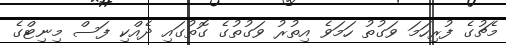
މެޗުގެ ފުރިހަމަ ވަގުތު ހަމަވެ އިތުރު ވަގުތުގެ ގޮތުގައި ދެއްކި ފަސް މިނިޓްގެ